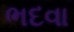
ભદવા